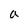
Character: a